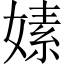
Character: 嫊